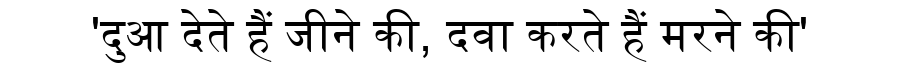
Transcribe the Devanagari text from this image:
'दुआ देते हैं जीने की, दवा करते हैं मरने की'